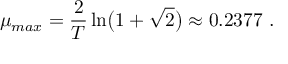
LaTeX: \mu _ { m a x } = { \frac { 2 } { T } } \ln \bigl ( 1 + \sqrt { 2 } \bigr ) \approx 0 . 2 3 7 7 \ .